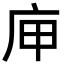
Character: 庘